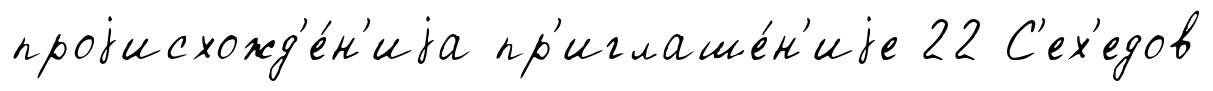
проjисхожд'е́н'иjа пр'иглаше́н'иjе 22 С'ех'едов